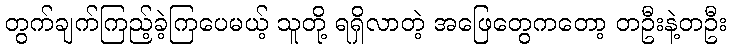
တွက်ချက်ကြည့်ခဲ့ကြပေမယ့် သူတို့ ရရှိလာတဲ့ အဖြေတွေကတော့ တဦးနဲ့တဦး